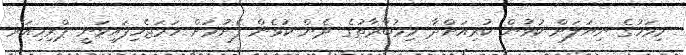
މިމަހުގެ ނިޔަލަށް ކުޅުން ކުރިއަށްދާ މިމުބާރާތުގެ ދެން ކުޅެން ފެށުމަށް ހަމަޖެހިފައިވަނީ ޕްރިމިއަރ